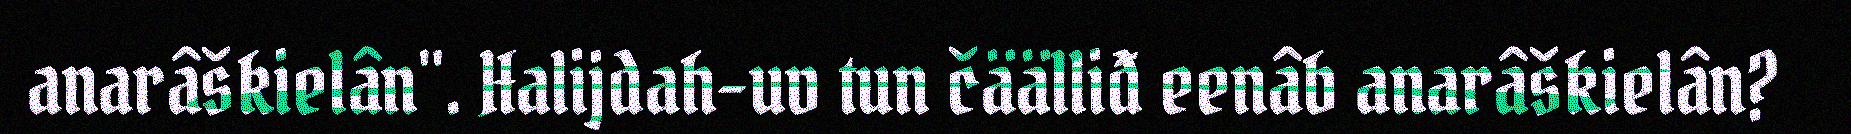
anarâškielân". Halijdah-uv tun čäälliđ eenâb anarâškielân?